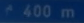
^2400m